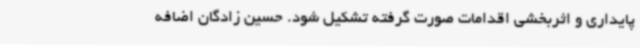
پایداری و اثربخشی اقدامات صورت گرفته تشکیل شود. حسین زادگان اضافه